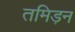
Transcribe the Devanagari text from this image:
तमिड़न